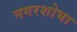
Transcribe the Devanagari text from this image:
नगरशोभा